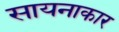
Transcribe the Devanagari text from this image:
सायनाकार